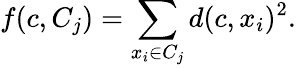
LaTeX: f(c,C_{j})=\sum_{x_{i}\in C_{j}}d(c,x_{i})^{2}.